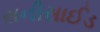
સનીસાઈડ